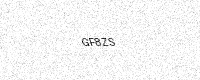
Text: GF8ZS